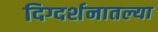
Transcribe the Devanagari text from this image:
दिग्दर्शनातल्या